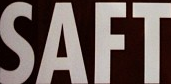
SAFT